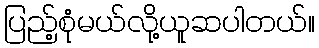
ပြည့်စုံမယ်လို့ယူဆပါတယ်။